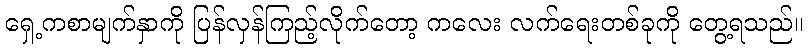
ရှေ့ကစာမျက်နှာကို ပြန်လှန်ကြည့်လိုက်တော့ ကလေး လက်ရေးတစ်ခုကို တွေ့ရသည်။